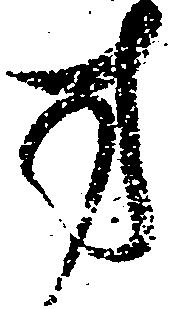
方